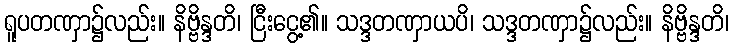
ရူပတဏှာ၌လည်း။ နိဗ္ဗိန္ဒတိ၊ ငြီးငွေ့၏။ သဒ္ဒတဏှာယပိ၊ သဒ္ဒတဏှာ၌လည်း။ နိဗ္ဗိန္ဒတိ၊